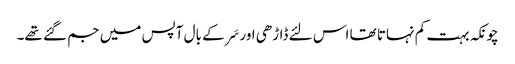
چونکہ بہت کم نہاتا تھا اس لئے ڈاڑھی اور سَر کے بال آپس میں جم گئے تھے۔